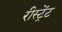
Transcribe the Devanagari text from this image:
रीस्ट्रेंट